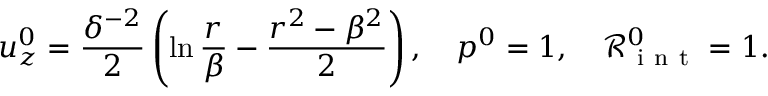
u _ { z } ^ { 0 } = \frac { \delta ^ { - 2 } } { 2 } \left( \ln { \frac { r } { \beta } } - \frac { r ^ { 2 } - \beta ^ { 2 } } { 2 } \right) , \quad p ^ { 0 } = 1 , \quad \mathcal { R } _ { \mathrm { ~ i ~ n ~ t ~ } } ^ { 0 } = 1 .